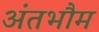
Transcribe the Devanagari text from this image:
अंतभौम